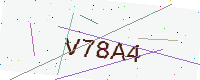
Text: V78A4